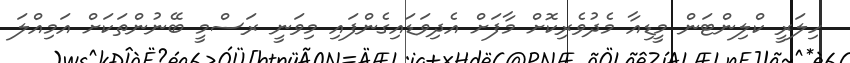
ހިލަރީ ކްލިންޓަން މީޑިއާ މެދުވެރިކޮށް މާފަށް އެދިވަޑައިގެންފައި މިވަނީ ރަސްމީ ބޭނުންތަކަށް އަމިއްލަ